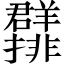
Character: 𱻖